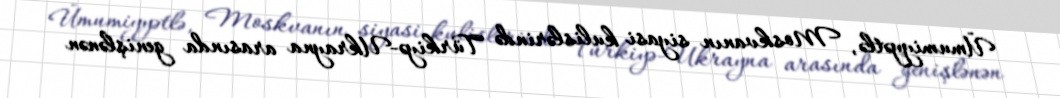
Ümumiyyətlə, Moskvanın siyasi kulislərində Türkiyə-Ukrayna arasında genişlənən